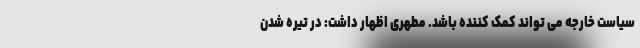
سیاست خارجه می تواند کمک کننده باشد. مطهری اظهار داشت: در تیره شدن